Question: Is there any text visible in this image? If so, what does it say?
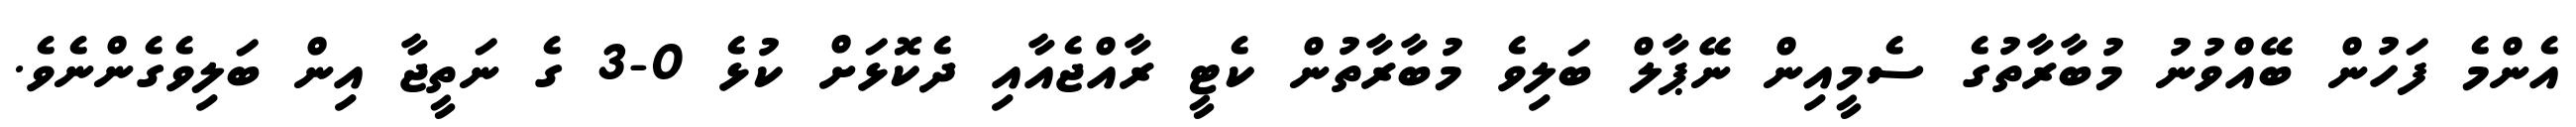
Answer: އެންމެ ފަހުން ބޭއްވުނު މުބާރާތުގެ ސެމީއިން ނޭޕާލް ބަލިވެ މުބާރާތުން ކެޓީ ރާއްޖެއާއި ދެކޮޅަށް ކުޅެ 0-3 ގެ ނަތީޖާ އިން ބަލިވެގެންނެވެ.